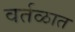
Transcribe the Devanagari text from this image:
वर्तळात